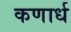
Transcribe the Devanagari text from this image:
कणार्ध